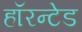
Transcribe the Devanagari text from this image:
हॉरन्टेड